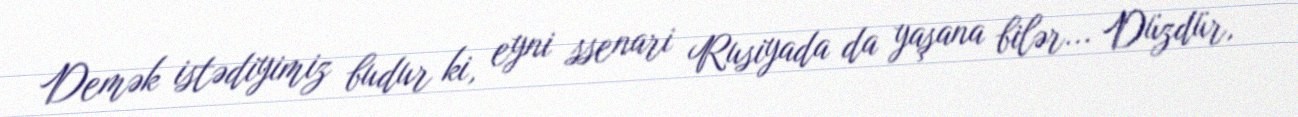
Demək istədiyimiz budur ki, eyni ssenari Rusiyada da yaşana bilər... Düzdür,